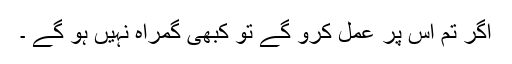
اگر تم اس پر عمل کرو گے تو کبھی گمراہ نہیں ہو گے ۔